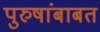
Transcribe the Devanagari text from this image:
पुरुषांबाबत